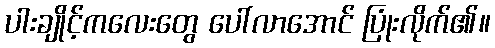
ပါးချိုင့်ကလေးတွေ ပေါ်လာအောင် ပြုံးလိုက်၏။